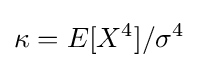
\kappa =E[X^{4}]/\sigma ^{4}